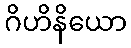
ဂိဟိနိယော